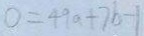
0 = 4 9 a + 7 b - 1